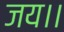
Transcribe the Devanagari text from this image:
जय।।